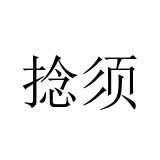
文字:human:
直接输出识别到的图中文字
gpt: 捻须